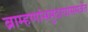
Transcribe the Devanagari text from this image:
ब्राम्हणांसमुदायासमवेत